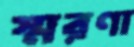
স্মরণা